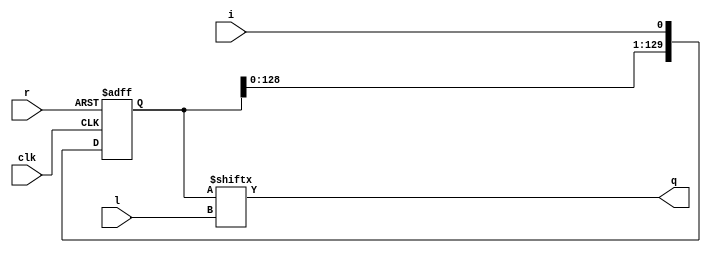
// Check that use of resets block shreg
// neg_clk_no_enable_with_init_with_inferred_with_reset_var_len
(* top *)
module neg_clk_no_enable_with_init_with_inferred_with_reset_var_len #(parameter width=1, depth=130) (input clk, input [width-1:0] i, input r, input [31:0] l, output [width-1:0] q);
generate 
    reg [depth-1:0] int [width-1:0];

    genvar w, d;
    for (w = 0; w < width; w=w+1) begin
        for (d = 0; d < depth; d=d+1)
            initial int[w][d] <= ~((d+w) % 2);

        if (depth == 1) begin
            always @(negedge clk or posedge r) if (r) int[w] <= 1'b0; else int[w] <= a[w];
            assign q[w] = int[w];
        end
        else begin
            always @(negedge clk or posedge r) if (r) int[w] <= {width{1'b0}}; else int[w] <= {{ int[w][depth-2:0], i[w] }};
            assign q[w] = int[w][l];
        end
    end
endgenerate
endmodule

`ifndef _AUTOTB
module __test ;
    wire [4095:0] assert_area = "cd neg_clk_no_enable_with_init_with_inferred_with_reset_var_len; select t:SRL* -assert-none";
endmodule
`endif